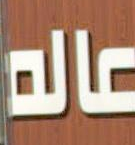
عالم